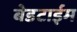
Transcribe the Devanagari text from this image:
बेडटाईम